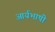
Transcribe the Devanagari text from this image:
आर्यभाषी